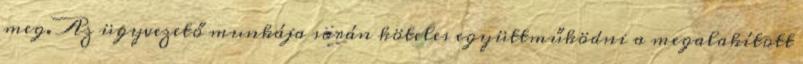
meg. Az ügyvezető munkája során köteles együttműködni a megalakított